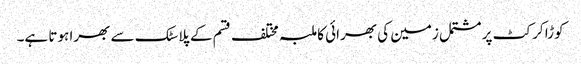
کوڑا کرکٹ پر مشتمل زمین کی بھرائی کا ملبہ مختلف قسم کے پلاسٹک سے بھرا ہوتا ہے۔